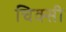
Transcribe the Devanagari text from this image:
चिक्सी